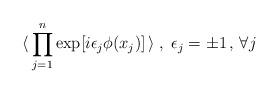
LaTeX: \begin{align*}\langle \,\prod_{j = 1}^n \exp [ i \epsilon_j \phi (x_j) ] \,\rangle \;,\; \epsilon_j = \pm 1 \, , \, \forall j \,\end{align*}